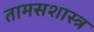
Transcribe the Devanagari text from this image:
तामसशास्त्र